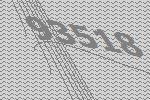
93518